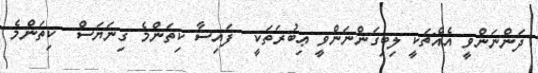
ދަންނަންވީ އެއްޗަކީ ލިބިގަންނަންވީ ޢިބުރަތަކީ  ފައިސާ ކިތަންމެ ގިނަޔަސް  ކިތަންމެ